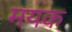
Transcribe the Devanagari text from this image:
मयक